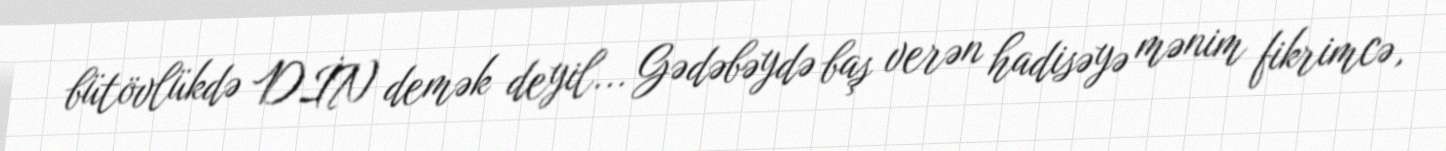
bütövlükdə DİN demək deyil... Gədəbəydə baş verən hadisəyə mənim fikrimcə,